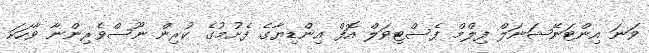
ވަނަ އިންޓަނޭޝަނަލް ފިލްމް ފެސްޓިވަލް އޮފް އިންޑިޔާގެ ފެށުމުގެ ކުރިން ނޫސްވެރިންނާ ވާހަކަ